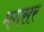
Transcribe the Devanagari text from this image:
मगसर